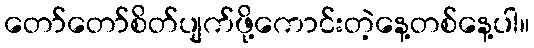
တော်တော်စိတ်ပျက်ဖို့ကောင်းတဲ့နေ့တစ်နေ့ပါ။